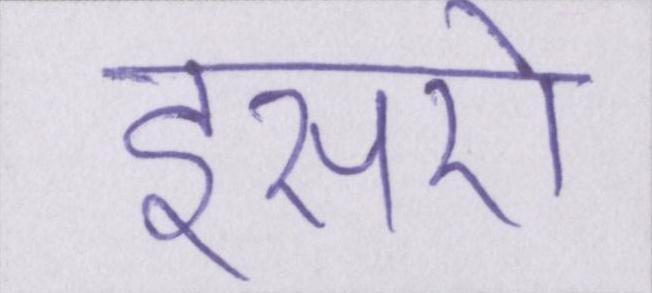
इसरो